Senior Leaving Certificate Examination (including Day School Certificate (Higher) General paper), 1948
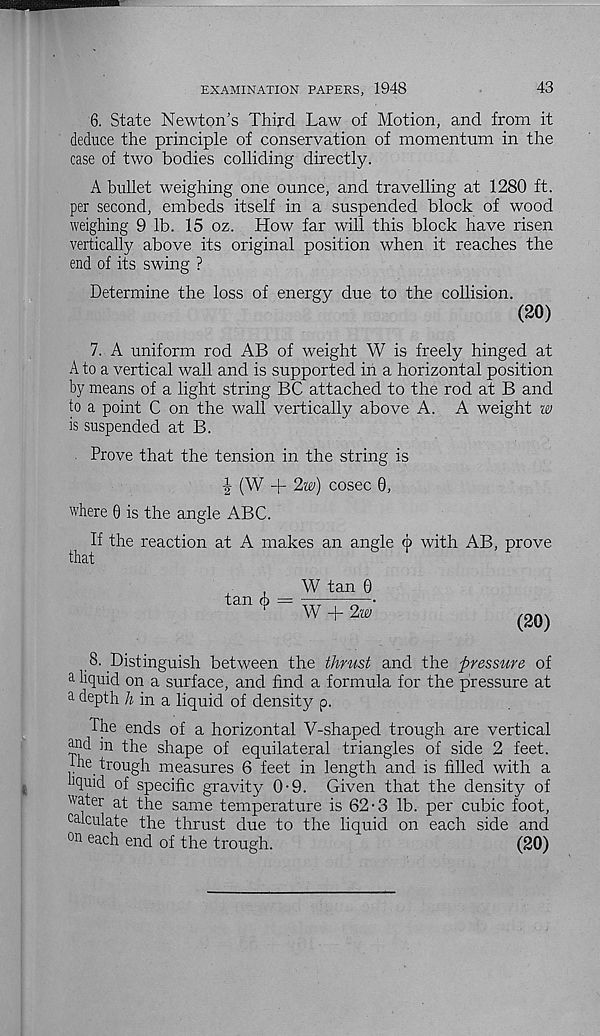
EXAMINATION PAPERS, 1948
43
6. State Newton’s Third Law of Motion, and from it
deduce the principle of conservation of momentum in the
case of two bodies colliding directly.
A bullet weighing one ounce, and travelling at 1280 ft.
per second, embeds itself in a suspended block of wood
weighing 9 lb. 15 oz. How far will this block have risen
vertically above its original position when it reaches the
end of its swing ?
Determine the loss of energy due to the collision.
(20)
7. A uniform rod AB of weight W is freely hinged at
A to a vertical wall and is supported in a horizontal position
by means of a light string BC attached to the rod at B and
to a point C on the wall vertically above A. A weight w
is suspended at B.
Prove that the tension in the string is
J (W + 2w) cosec 0,
where 0 is the angle ABC.
If the reaction at A makes an angle ip with AB, prove
that
tan ij)
W tan 0
W + 2®
(20)
8. Distinguish between the thrust and the pressure of
a liquid on a surface, and find a formula for the pressure at
a depth h in a liquid of density p.
The ends of a horizontal V-shaped trough are vertical
a nd in the shape of equilateral triangles of side 2 feet,
the trough measures 6 feet in length and is filled with a
hquid of specific gravity 0-9. Given that the density of
water at the same temperature is 62-3 lb. per cubic foot,
calculate the thrust due to the liquid on each side and
on eac h end of the trough.
(20)